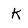
Character: K